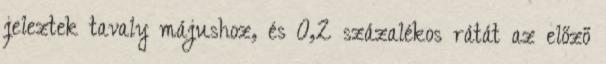
jeleztek tavaly májushoz, és 0,2 százalékos rátát az előző